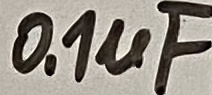
Text: 0.1µF